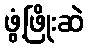
ဖွံ့ဖြိုးဆဲ